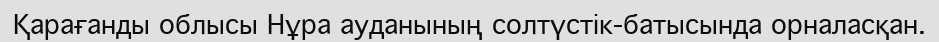
Қарағанды облысы Нұра ауданының солтүстік-батысында орналасқан.